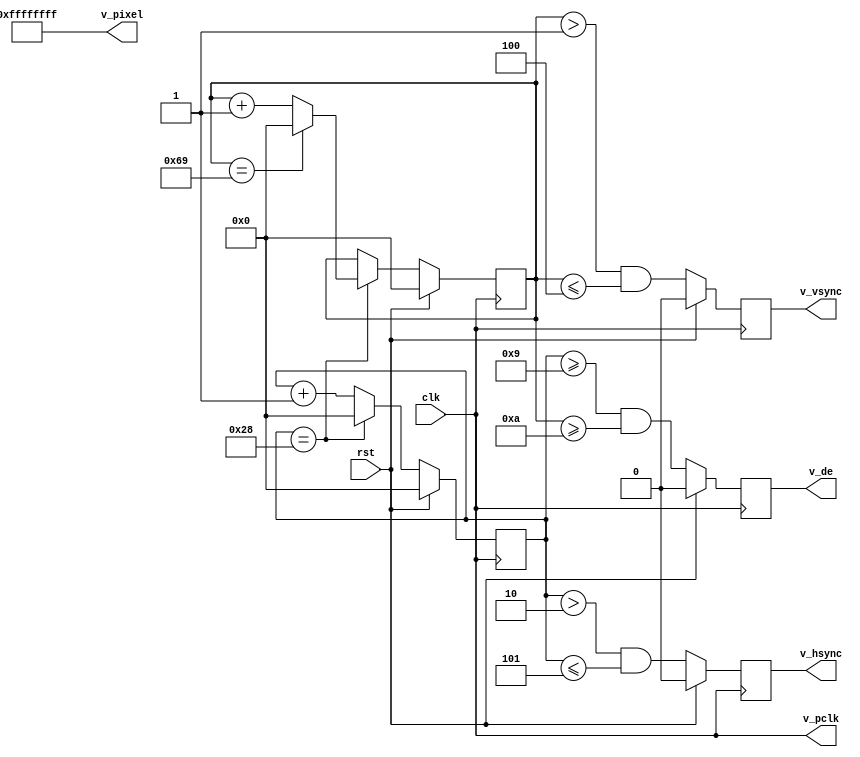
module vin_internal(
    input  wire         clk, // 33 MHz system clock input
    input  wire         rst,
    output reg          v_vsync, // active high
    output reg          v_hsync, // active high
    output wire         v_pclk,
    output reg          v_de, // active high
    output wire [31:0]  v_pixel // 4 pixels per clock, Y8
); 
    assign v_pclk = clk;
    assign v_rst = rst;
    // TODO: Use settings from register file

//`define UXGA
`define SQCIF

`ifdef UXGA
    // Horizontal
    // All numbers are divided by 4
    parameter H_FP    = 2;   //Front porch
    parameter H_SYNC  = 8;   //Sync
    parameter H_BP    = 10;  //Back porch
    parameter H_ACT   = 400; //Active pixels
    // Vertical
    parameter V_FP    = 21;   //Front porch
    parameter V_SYNC  = 8;    //Sync
    parameter V_BP    = 6;    //Back porch
    parameter V_ACT   = 1200; //Active lines
`elsif SQCIF
    // This is for simualtion only
    parameter H_FP    = 2;
    parameter H_SYNC  = 3;
    parameter H_BP    = 4;
    parameter H_ACT   = 32;
    parameter V_FP    = 1;
    parameter V_SYNC  = 3;
    parameter V_BP    = 6;
    parameter V_ACT   = 96;
`endif

    parameter H_BLANK = H_FP + H_SYNC + H_BP; //Total blank length
    parameter H_TOTAL = H_FP + H_SYNC + H_BP + H_ACT; //Total line length
    
    parameter V_BLANK = V_FP + V_SYNC + V_BP; //Total blank length
    parameter V_TOTAL = V_FP + V_SYNC + V_BP + V_ACT; //Total field length

    reg [11:0] h_count;
    reg [11:0] v_count;
    wire [11:0] x;
    wire [11:0] y;
    
    // For pattern generation
    reg [8:0] frame_count;
    localparam FCNT_MAX = 480; // 8 sec
    
    always @(posedge v_pclk) begin
        if (v_rst) begin
            h_count <= 0;
            v_count <= 0;
            frame_count <= 0;
        end
        else begin
            if(h_count == H_TOTAL - 1) begin
                h_count <= 0;
                if (v_count == V_TOTAL - 1) begin
                    v_count <= 0;
                    if (frame_count == FCNT_MAX - 1) begin
                        frame_count <= 0;
                    end
                    else begin
                        frame_count <= frame_count + 1;
                    end
                end
                else begin
                    v_count <= v_count + 1'b1;
                end
            end 
            else begin
                h_count <= h_count + 1'b1;
            end
        end
    end

    wire h_active = (h_count >= H_BLANK);
    wire v_active = (v_count >= V_BLANK);
    wire de = h_active && v_active;

    assign x = de ? (h_count - H_BLANK) : 12'd0;
    assign y = de ? (v_count - V_BLANK) : 12'd0;
    
    wire hs = ((h_count > H_FP) && (h_count <= H_FP + H_SYNC));
    wire vs = ((v_count > V_FP) && (v_count <= V_FP + V_SYNC));
    
    assign v_pixel = 32'hFFFFFFFF;
    
    // Buffer signal through DFF
    always @(posedge v_pclk) begin
        if (v_rst) begin
            v_hsync <= 1'b0;
            v_vsync <= 1'b0;
            v_de <= 1'b0;
        end
        else begin
            v_hsync <= hs;
            v_vsync <= vs;
            v_de <= de;
        end
    end

endmodule